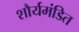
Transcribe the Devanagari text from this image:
शौर्यमंडित